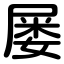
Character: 屡